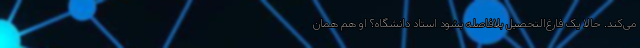
می‌کند. حالا یک فارغ‌التحصیل بلافاصله بشود استاد دانشگاه؟ او هم همان